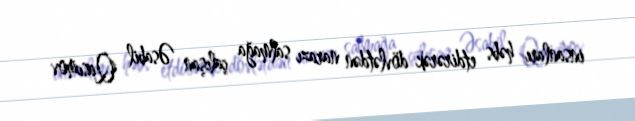
insanları həbs etdirərək dövlətdən narazı salmağa çalışan Əsabil Qasımov